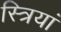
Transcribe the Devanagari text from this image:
स्‍त्रियां